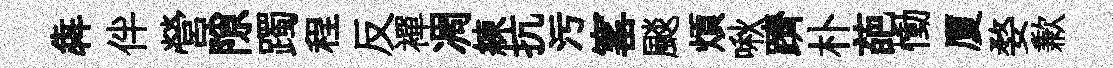
犇伴營隙躅程反襌凋練抗污窰颷煩啾躋朴葩慟厦婺歉